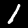
Label: 1